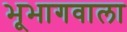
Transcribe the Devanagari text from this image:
भूभागवाला